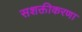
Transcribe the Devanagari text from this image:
सशक्तीकरणा